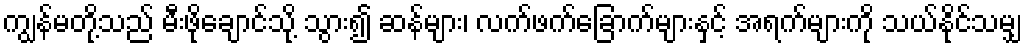
ကျွန်မတို့သည် မီးဖိုချောင်သို့ သွား၍ ဆန်များ၊ လက်ဖက်ခြောက်များနှင့် အရက်များကို သယ်နိုင်သမျှ